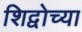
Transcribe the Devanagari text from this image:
शिद्वोच्या